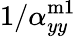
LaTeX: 1/\alpha_{yy}^{\mathrm{m1}}